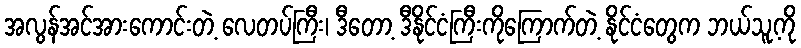
အလွန်အင်အားကောင်းတဲ့ လေတပ်ကြီး၊ ဒီတော့ ဒီနိုင်ငံကြီးကိုကြောက်တဲ့ နိုင်ငံတွေက ဘယ်သူ့ကို